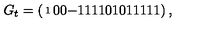
{ \scriptsize G _ { t } = \left( \begin{matrix} { 1 } & { 0 } & { 0 } & { - 1 } & { 1 } \\ { 1 } & { 1 } & { 0 } & { 1 } & { 0 } \\ { 1 } & { 1 } & { 1 } & { 1 } & { 1 } \\ \end{matrix} \right) , }